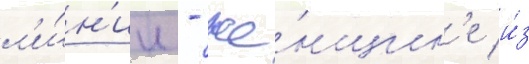
л'и́н'ии - же́нщин'е и́з